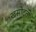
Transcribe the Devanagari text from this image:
खसोटती